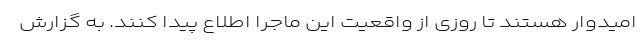
امیدوار هستند تا روزی از واقعیت این ماجرا اطلاع پیدا کنند. به گزارش